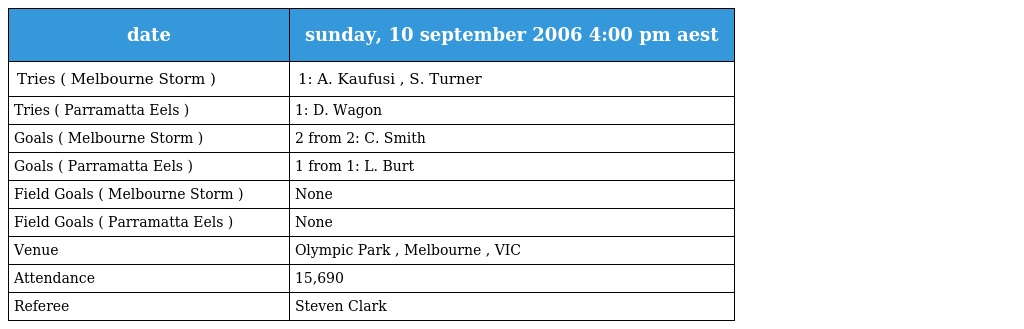
| date | sunday, 10 september 2006 4:00 pm aest |
 | --- | --- |
 | Tries ( Melbourne Storm ) | 1: A. Kaufusi , S. Turner |
 | Tries ( Parramatta Eels ) | 1: D. Wagon |
 | Goals ( Melbourne Storm ) | 2 from 2: C. Smith |
 | Goals ( Parramatta Eels ) | 1 from 1: L. Burt |
 | Field Goals ( Melbourne Storm ) | None |
 | Field Goals ( Parramatta Eels ) | None |
 | Venue | Olympic Park , Melbourne , VIC |
 | Attendance | 15,690 |
 | Referee | Steven Clark |